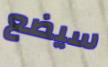
سيضع